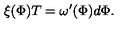
\xi ( \Phi ) T = \omega ^ { \prime } ( \Phi ) d \Phi .